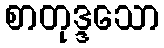
စာတုဒ္ဒသော